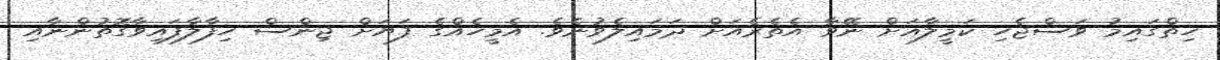
ހިތްގައިމު ވަސްޖެހި ކަމީލާއަށް ނޭވާ އެތެރެއަށް ދަމައިލެވުނެވެ. އެމީހެއްގެ ފަޔަށް ޖިންސް ހިފާލާފައިވާގޮތުންނާއި